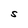
Character: S